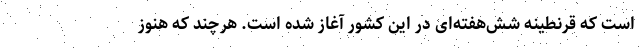
است که قرنطینه شش‌هفته‌ای در این کشور آغاز شده است. هرچند که هنوز